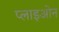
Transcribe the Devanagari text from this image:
प्लाइओन